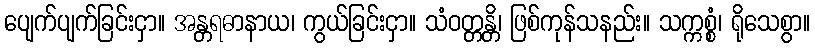
ပျေက်ပျက်ခြင်းငှာ။ အန္တရဓာနာယ၊ ကွယ်ခြင်းငှာ။ သံဝတ္တန္တိ၊ ဖြစ်ကုန်သနည်း။ သက္ကစ္စံ၊ ရိုသေစွာ။